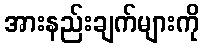
အားနည်းချက်များကို